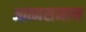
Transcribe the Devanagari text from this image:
आत्मसमान